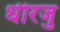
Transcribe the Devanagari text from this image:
धीरजु